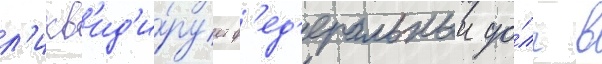
л'икв'ид'и́рует ф'ед'еральныи до́лг в